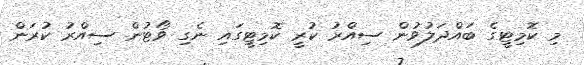
މި ކޮމިޓީގެ ބައްދަލުވުން ސިއްރު ކުރީ ކޮމިޓީގައި ނެގި ވޯޓުން ސިއްރު ކުރަން